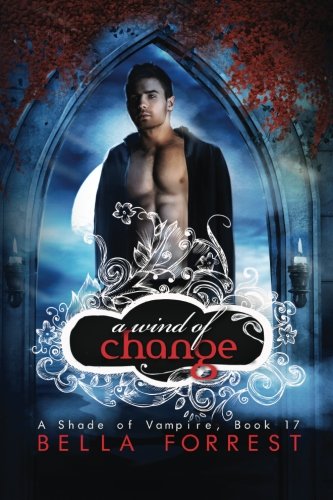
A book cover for A Shade of Vampire 17: A Wind of Change (Volume 17); Bella Forrest; Romance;